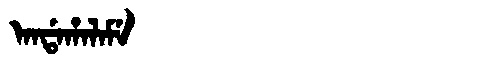
Manchu: ᠠᠨᡩᠠᡥᠠᠯᠠᠮᡝ
Romanization: ANDAHALAME